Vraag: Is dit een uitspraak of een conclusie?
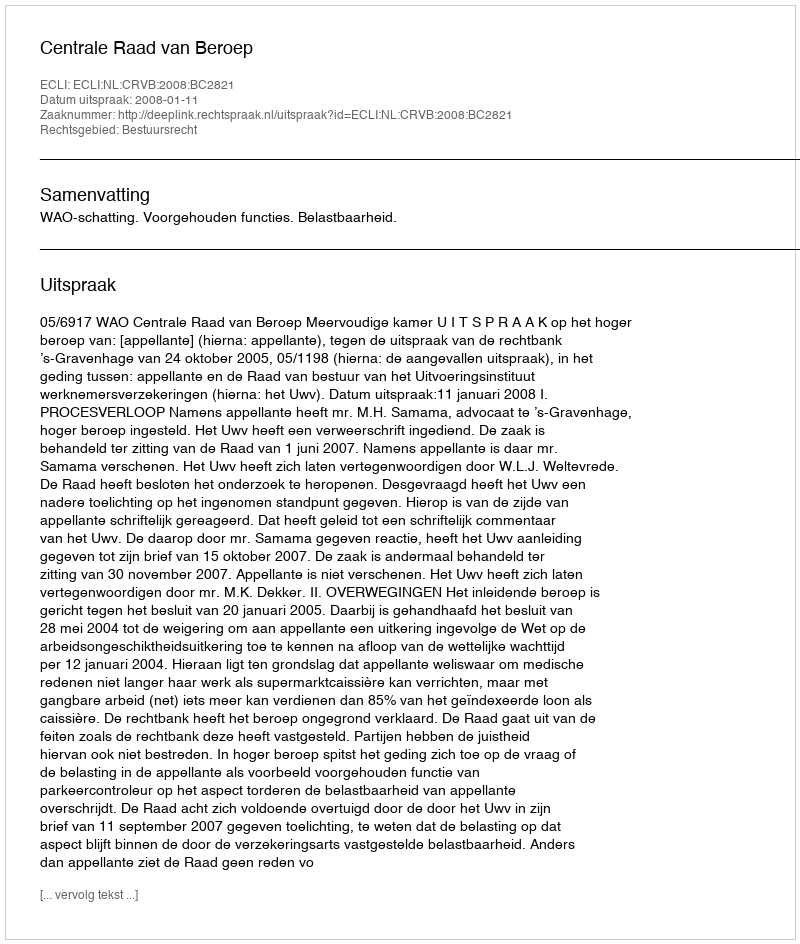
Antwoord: Uitspraak